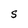
Character: S